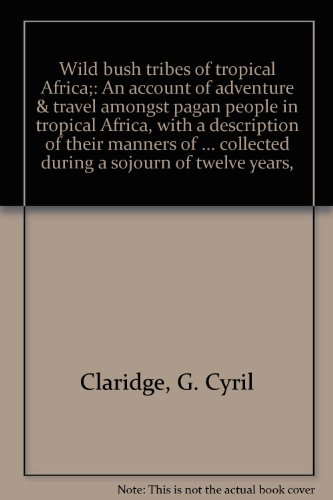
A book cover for Wild bush tribes of tropical Africa;: An account of adventure & travel amongst pagan people in tropical Africa, with a description of their manners of ... collected during a sojourn of twelve years,; G. Cyril Claridge; Travel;